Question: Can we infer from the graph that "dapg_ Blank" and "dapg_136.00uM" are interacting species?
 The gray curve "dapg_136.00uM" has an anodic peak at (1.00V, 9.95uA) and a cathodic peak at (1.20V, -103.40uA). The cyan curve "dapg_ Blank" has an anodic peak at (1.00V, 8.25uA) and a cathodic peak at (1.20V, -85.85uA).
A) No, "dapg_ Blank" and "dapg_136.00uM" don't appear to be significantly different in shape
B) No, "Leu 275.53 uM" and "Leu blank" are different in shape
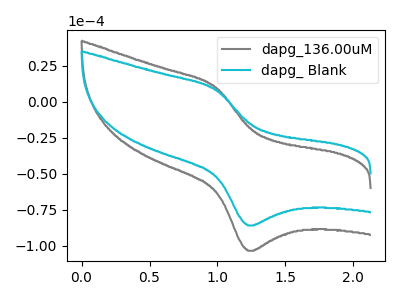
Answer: <think>All the peaks in "dapg_ Blank" have a peak in "dapg_136.00uM" at the same potential. Every peak in "dapg_ Blank" is lower than every peak in "dapg_136.00uM".
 </think>
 <answer>A) No, "dapg_ Blank" and "dapg_136.00uM" don't appear to be significantly different in shape</answer>
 <eval>A</eval>